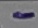
Text: -